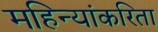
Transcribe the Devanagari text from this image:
महिन्यांकरिता